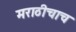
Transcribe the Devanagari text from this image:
मराठीचाच